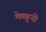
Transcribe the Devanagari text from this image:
मेणहूनी